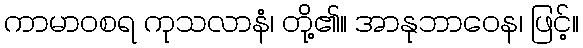
ကာမာဝစရ ကုသလာနံ၊ တို့၏။ အာနုဘာဝေန၊ ဖြင့်။